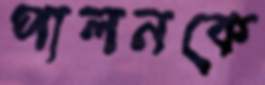
পালনকে